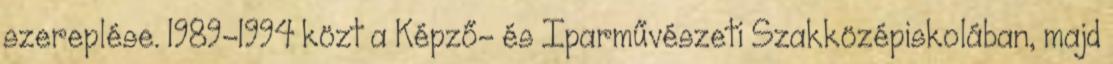
szereplése. 1989-1994 közt a Képző- és Iparművészeti Szakközépiskolában, majd